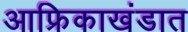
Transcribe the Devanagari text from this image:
आफ्रिकाखंडात